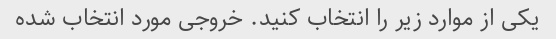
یکی از موارد زیر را انتخاب کنید. خروجی مورد انتخاب شده